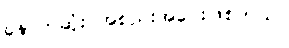
နောက်ဆုံး အစည်းအဝေးဖြစ်တယ်။